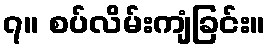
၇။ စပ်လိမ်းကျံခြင်း။